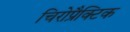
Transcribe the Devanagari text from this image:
चिरोप्रैक्टिक